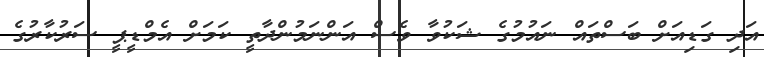
އަދި ގަޑިއަށް ބަސްތައް ނައުމުގެ ޝަކުވާ ވެސް އަންނަމުންދާތީ ކަމަށް އެމްޑީޕީ ސަރުކާރުގެ